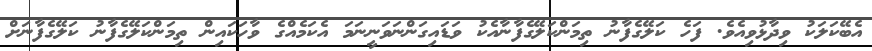
އެބޭކަލަކު ވިދާޅުވިއެވެ. ފަހެ ކަލޭގެފާނު ތިމަންކަލޭގެފާނާއެކު ވަޑައިގަންނަވަނީނަމަ އެކަމެއްގެ ވާހަކައިން ތިމަންކަލޭގެފާނު ކަލޭގެފާނަށް